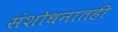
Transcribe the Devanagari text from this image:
संशोधनातही